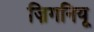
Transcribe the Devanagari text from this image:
ज़िगनियू